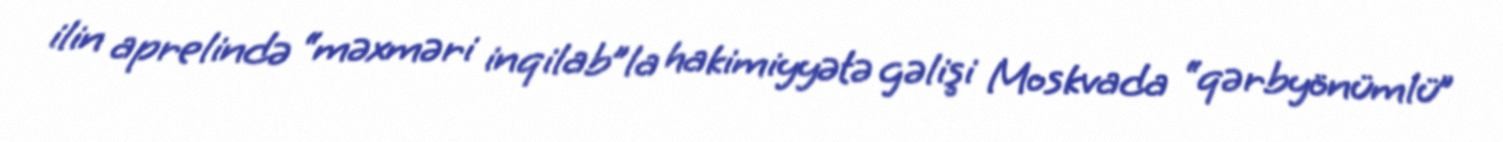
ilin aprelində “məxməri inqilab”la hakimiyyətə gəlişi Moskvada “qərbyönümlü”